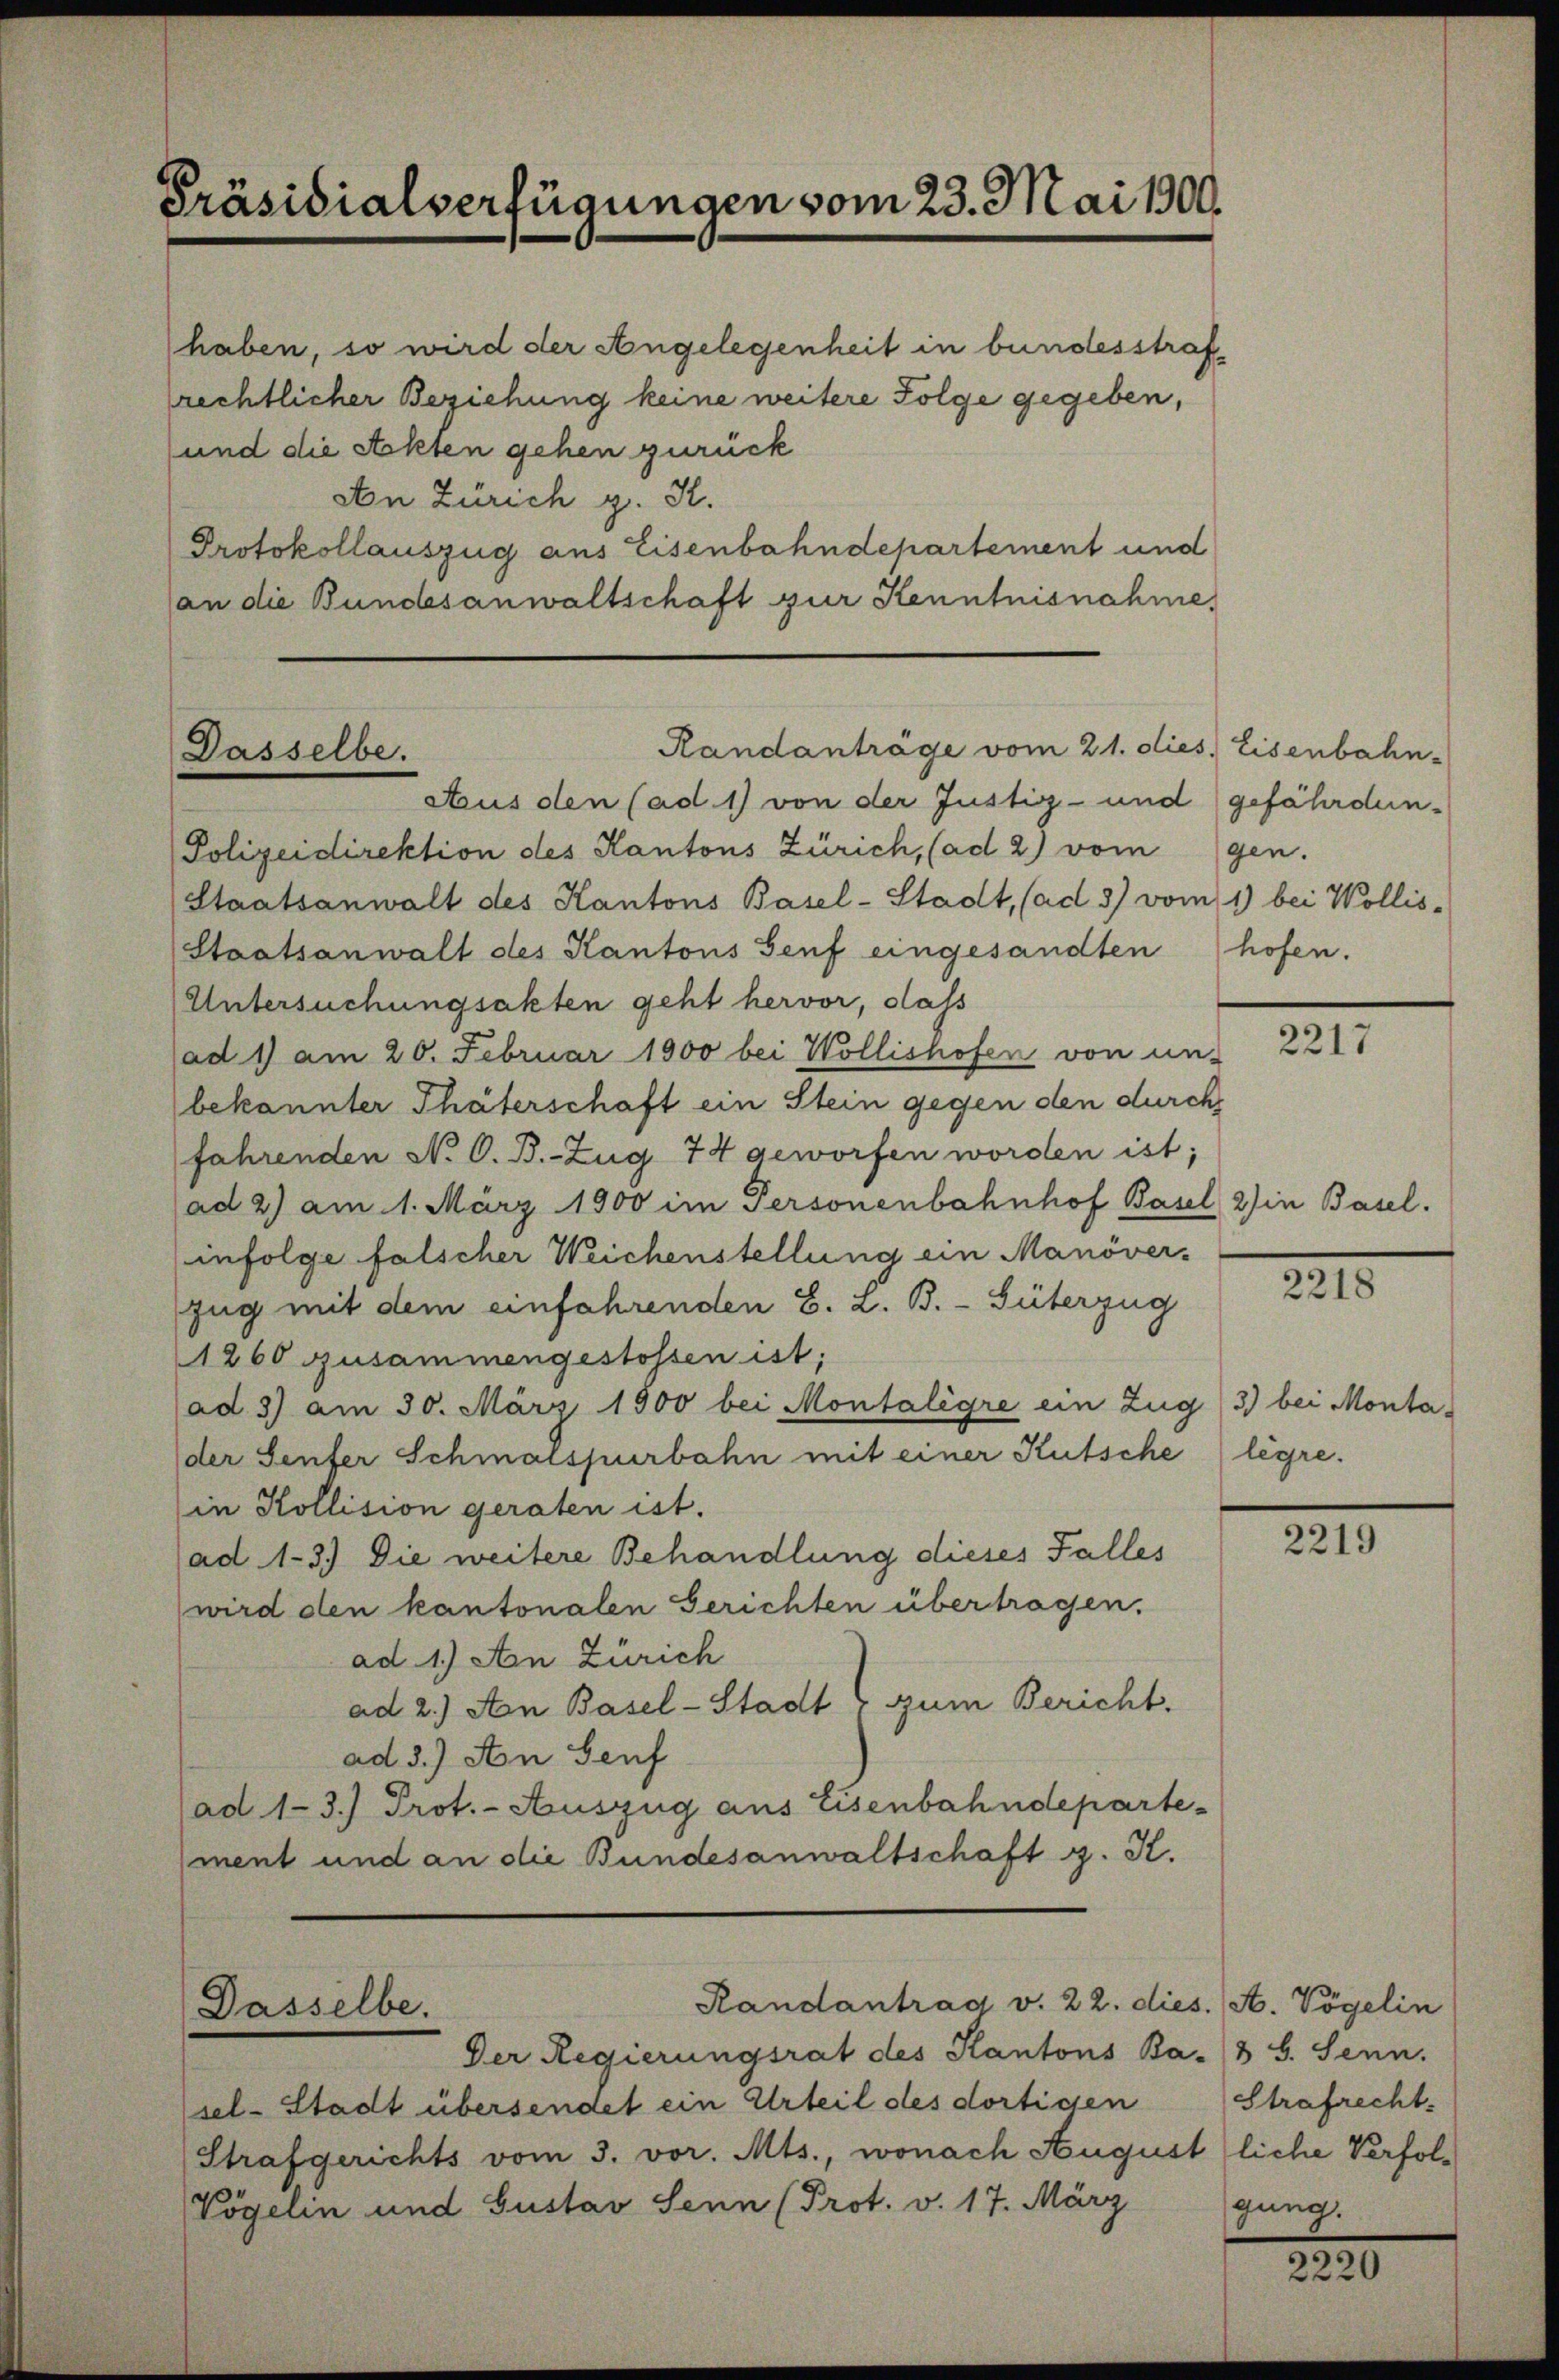
Präsidialverfügungen vom 23. Mai 1900.

haben, so wird der Angelegenheit in bundesstraf
rechtlicher Beziehung keine weitere Folge gegeben,
und die Akten gehen zurück
An Zürich g. K.
Protokollauszug aus Eisenbahndepartement und
an die Bundesanwaltschaft zur Kenntnisnahme,

Randanträge vom 21. dies Eisenbahn-
Dasselbe.
Aus den (ad 1) von der Justiz- und gefährdun-

Polizeidirektion des Kantons Zürich, (ad 2) vom gen.
Staatsanwalt des Kantons Basel-Stadt, (ad 3) vom 1) bei Wollis-
Staatsanwalt des Kantons Genf eingesandten hofen.
Untersuchungsakten geht hervor, dass
ad 1) am 20. Februar 1900 bei Wollishofen von un-
bekannter Thäterschaft ein Stein gegen den durchs
fahrenden N. O. B. Zug 74 geworfen worden ist;
ad 2) am 1. März 1900 im Personenbahnhof Basel 2) in Basel.
infolge falscher Weichenstellung ein Manöver-
zug mit dem einfahrenden S. z. B. Güterzug
1260 zusammengestossen ist;
ad 3) am 30. März 1900 bei Montalègre ein Zug 3) bei Montader Senfer Schmalspurbahn mit einer Kutsche legre.
in Kollision geraten ist.
ad 1-3.) Die weitere Behandlung dieses Falles
wird den kantonalen Gerichten übertragen.
ad 1.) An Zürich
ad 2.) An Basel-Stadt zum Bericht.
ad 3.) An Seuf
(ad 1-3.) Prot.- Auszug aus Eisenbahndepartement und an die Bundesanwaltschaft g. K.

Dasselbe.

Randantrag v. 22. dies. A. Vögelin

Der Regierungsrat des Kantons Ba-8 b. Senn.
sel-Stadt übersendet ein Urteil des dortigen
Strafgerichts vom 3. vor. Mts., wonach Augustliche Verfol¬
Vögelin und Gustav Senn (Prot. v. 17. März

Strafrecht.
gung.

2217

2218

2219

2220